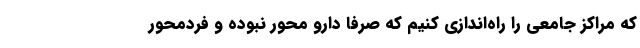
که مراکز جامعی را راه‌اندازی کنیم که صرفا دارو محور نبوده و فردمحور